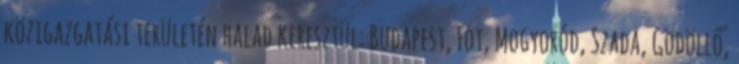
közigazgatási területén halad keresztül: Budapest, Fót, Mogyoród, Szada, Gödöllő,